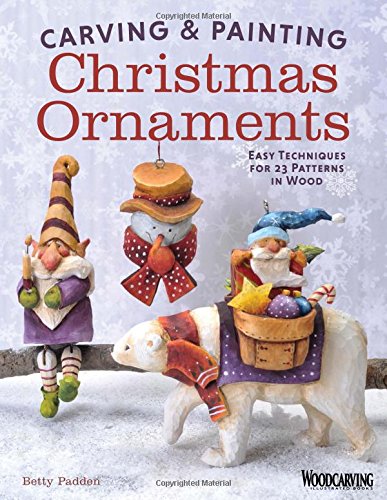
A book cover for Easy Techniques for 23 Patterns in Wood; Betty Padden; Crafts, Hobbies & Home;